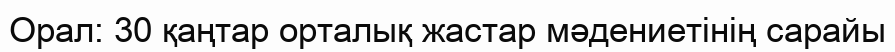
Орал: 30 қаңтар орталық жастар мәдениетінің сарайы